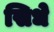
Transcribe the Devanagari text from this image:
सिधे